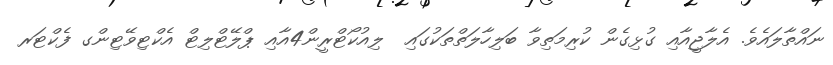
ނައްތާލައެވެ. އެލާޖީއާއި ގުޅިގެން ކުރިމަތިވާ ބަލިހާލަތްތަކުގައި  ލިއުކޯޓްރީން4އާއި ޕްލޭޓްލިޓް އެކްޓިވޭޓިންގ ފެކްޓަރ